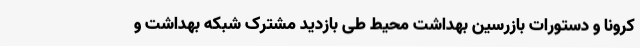
کرونا و دستورات بازرسین بهداشت محیط طی بازدید مشترک شبکه بهداشت و